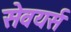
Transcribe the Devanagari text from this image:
सेवयर्स